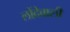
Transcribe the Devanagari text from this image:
लोंदेवाली